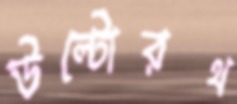
উল্টোরথ